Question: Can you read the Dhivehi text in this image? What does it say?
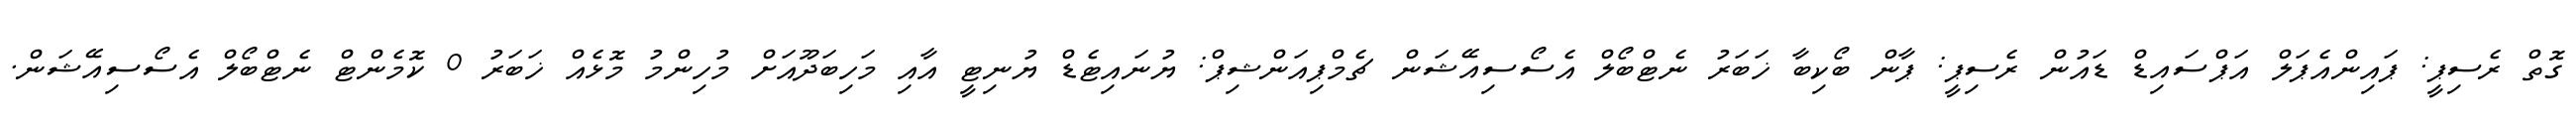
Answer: ގޮތް ރެސިޕީ: ޕައިންއެޕަލް އަޕްސައިޑް ޑައުން ރެސިޕީ: ޕާން ބޯކިބާ ޚަބަރު ނެޓްބޯލް އެސޯސިއޭޝަން ޗެމްޕިއަންޝިޕް: ޔުނައިޓެޑް ޔުނިޓީ އާއި މަހިބަދޫއަށް މުހިންމު މޮޅެއް ޚަބަރު 0 ކޮމެންޓް ނެޓްބޯލް އެސޯސިއޭޝަން.